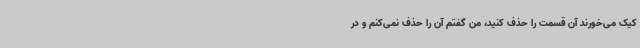
کیک می‌خورند آن قسمت را حذف کنید، من گفتم آن را حذف نمی‌کنم و در